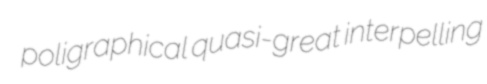
poligraphical quasi-great interpelling